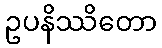
ဥပနိဿိတော